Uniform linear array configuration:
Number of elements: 24
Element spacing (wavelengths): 0.25
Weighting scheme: binomial
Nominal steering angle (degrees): -60
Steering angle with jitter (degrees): -59.764
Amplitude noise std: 0.05
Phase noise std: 0.05

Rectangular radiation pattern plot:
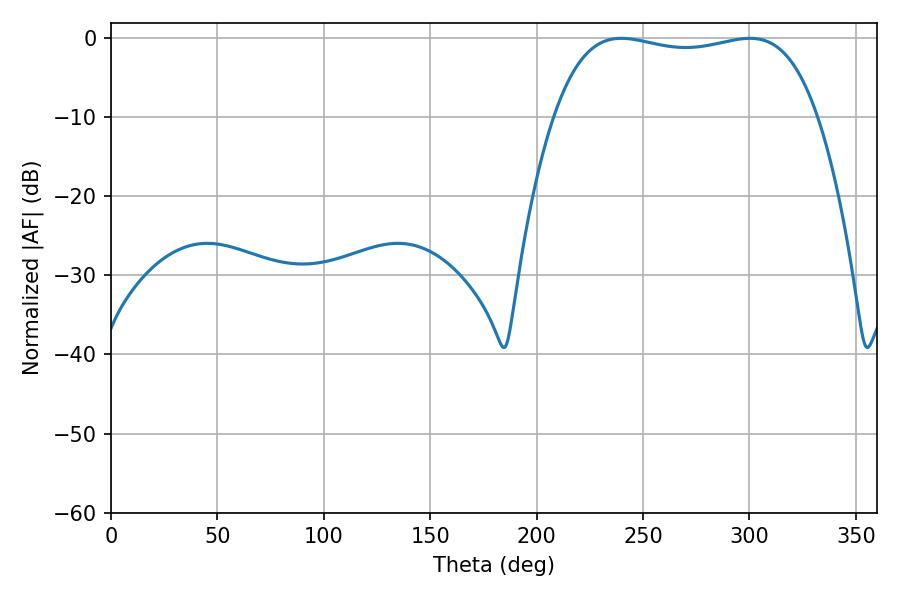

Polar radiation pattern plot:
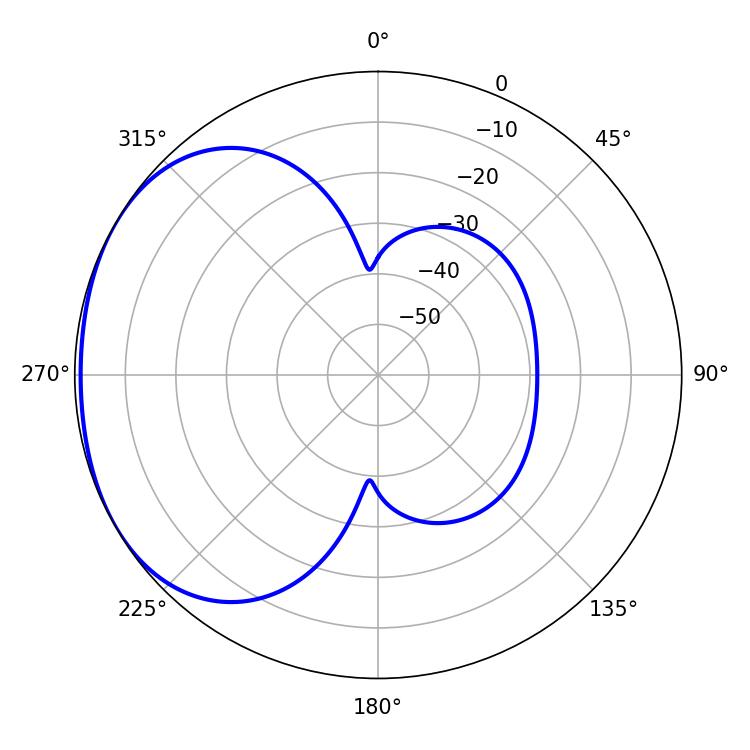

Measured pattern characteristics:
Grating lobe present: FALSE
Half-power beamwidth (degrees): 99.36
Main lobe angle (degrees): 239.76